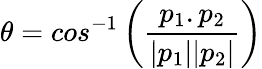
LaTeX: \theta=cos^{-1}\left(\frac{p_{1}.p_{2}}{|p_{1}||p_{2}|}\right)